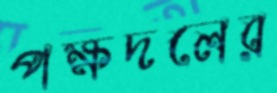
পক্ষদলের